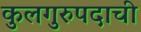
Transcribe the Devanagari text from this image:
कुलगुरुपदाची